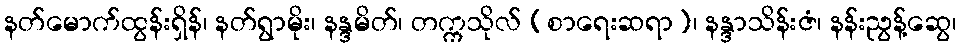
နတ်မောက်ထွန်းရှိန်၊ နတ်ရွာမိုး၊ နန္ဒမိတ်၊ တက္ကသိုလ် (စာရေးဆရာ)၊ နန္ဒာသိန်းဇံ၊ နန်းညွန့်ဆွေ၊